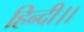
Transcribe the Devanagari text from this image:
हिन्दी।।